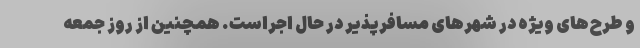
و طرح‌های ویژه در شهرهای مسافرپذیر در حال اجراست. همچنین از روز جمعه